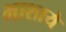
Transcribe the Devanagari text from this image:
भाशाये